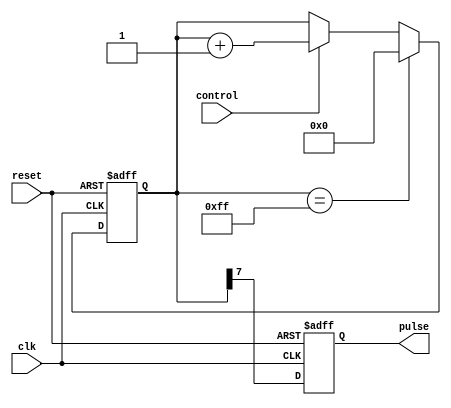
module VariablePulseWidthGenerator (
    input wire clk,
    input wire reset,
    input wire control,
    output reg pulse
);

reg [7:0] pulseWidth;

always @(posedge clk or posedge reset) begin
    if (reset) begin
        pulseWidth <= 8'b00000000; // default pulse width
        pulse <= 1'b0;
    end else begin
        if (control) begin
            pulseWidth <= pulseWidth + 1; // adjust pulse width based on control input
        end
        if (pulseWidth == 8'b11111111) begin
            pulseWidth <= 8'b00000000; // reset pulse width
        end
        pulse <= pulseWidth[7];
    end
end


endmodule